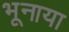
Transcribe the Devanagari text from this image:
भूनाया